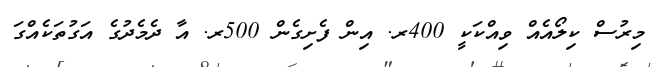
މިރުސް ކިލޯއެއް ވިއްކަކީ 400ރ. އިން ފެށިގެން 500ރ. އާ ދެމެދުގެ އަގުތަކެއްގަ